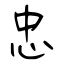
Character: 忠